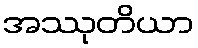
အဿုတိယာ